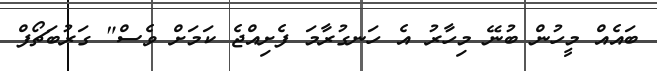
ބައެއް މީހުން ބުނޭ މިހާރު އެ ހަނގުރާމަ ފެށިއްޖެ ކަމަށް ވެސް" ގަރުބަޗޯފް